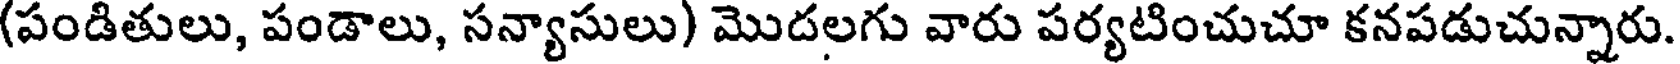
(పండితులు, పండాలు, సన్యాసులు) మొదలగు వారు పర్యటించుచూ కనపడుచున్నారు.